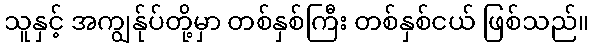
သူနှင့် အကျွန်ုပ်တို့မှာ တစ်နှစ်ကြီး တစ်နှစ်ငယ် ဖြစ်သည်။